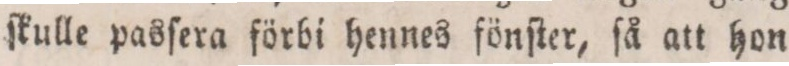
ſkulle pasſera förbi hennes fönſter, ſå att hon